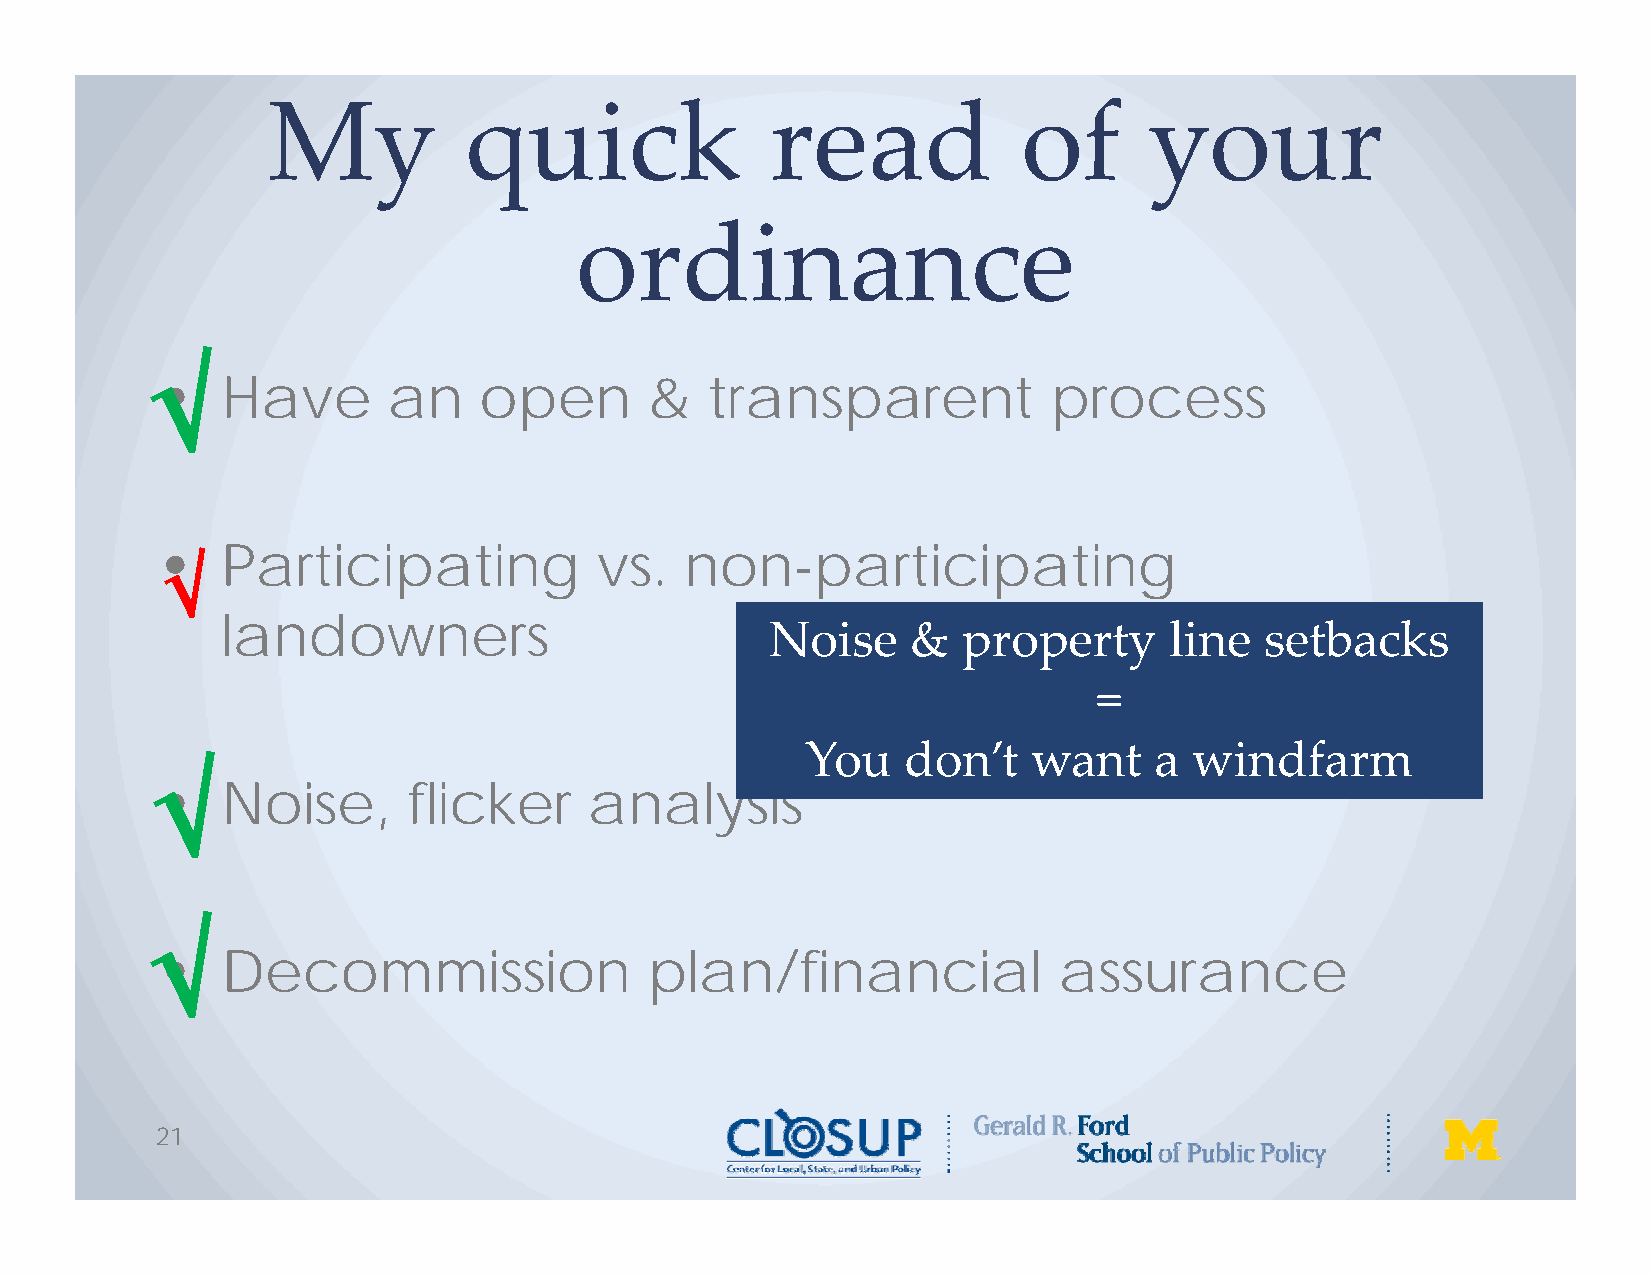
My           quick               read             of      your
 ordinance
 √•   Have       an    open       &   transparent           process
 •   Participating           vs.   non-participating
 √
 landowners
 Noise    &   property     line   setbacks
 =
 You    don’t   want    a  windfarm
 √•   Noise,      flicker     analysis
 √
 •   Decommission                plan/financial             assurance
 21